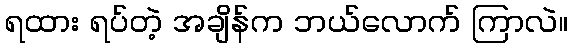
ရထား ရပ်တဲ့ အချိန်က ဘယ်လောက် ကြာလဲ။